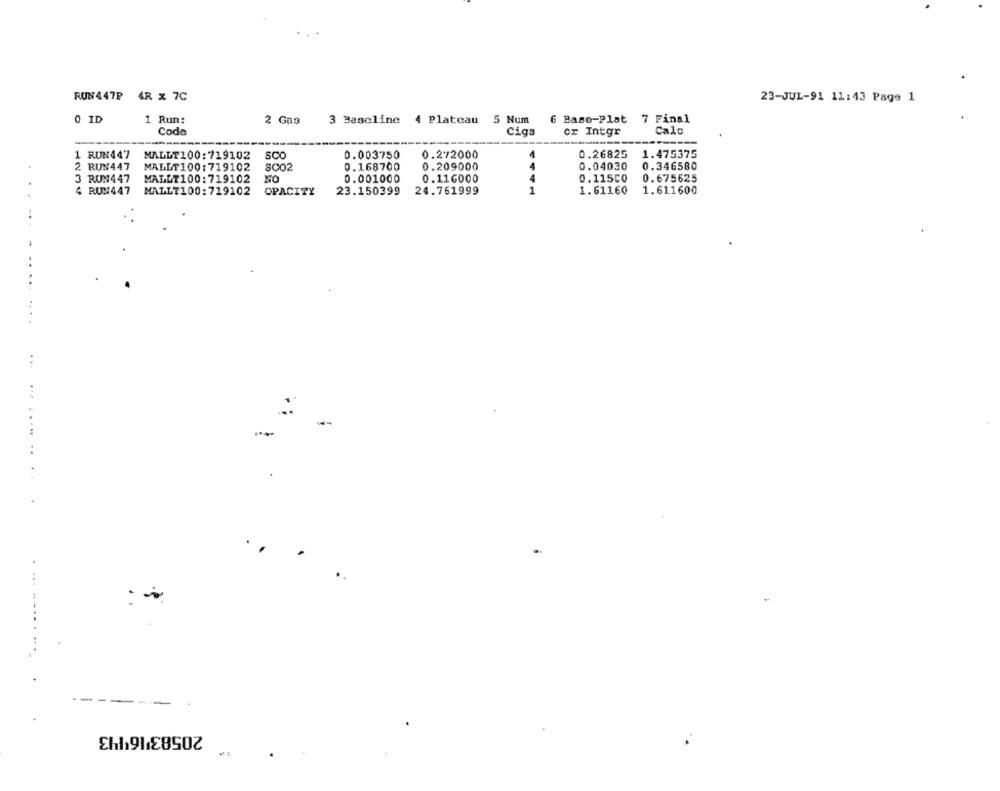
RUN447P 4R x 7C
23-JUL-91 11:43 Page 1
0 ID
1 Run:
3 Baseline 4 Plateau 5 Num
6 Base-Plat
7 Final
2 Gas
Code
Cigs
or Intgr
Calo
1 RUN447
MALLT100:719102
SCO
0.003750
0.272000
0.26825
1.475375
2 RUN447
MALLT100:719102
SCO2
0.168700
0.209000
0.04030
0.346580
3 RON447
MALLT100:719102
0.001000
0.116000
0.115CO
0.675625
4 RUN447
MALLT100:719102
OPACITY
24.761999
1
1.61160
1.61.1600
23.150399
..
.
......
.
------
20583'16'143